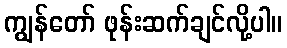
ကျွန်တော် ဖုန်းဆက်ချင်လို့ပါ။